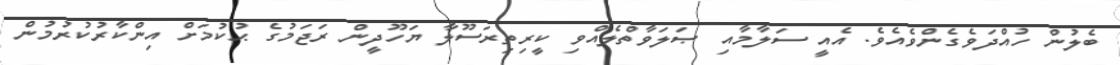
ބެލުން ހުއްދަވެގެންވެއެވެ. އެެއީ ސަލާމާއި ޞަލަވާތްލެއްވި ކީރިތިރަސޫލާ ޔަހޫދީން ރަޖަމުގެ ޙުކުމަށް އިންކާރުކުރުމުން